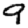
Digit: 9